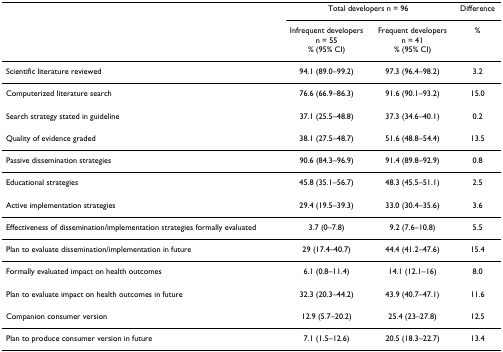
|  | <COLSPAN=2> Total developers n = 96 | Difference |
 |  | Infrequent developersn = 55% (95% CI) | Frequent developersn = 41% (95% CI) | % |
 | --- | --- | --- | --- |
 | Scientific literature reviewed | 94.1 (89.0–99.2) | 97.3 (96.4–98.2) | 3.2 |
 | Computerized literature search | 76.6 (66.9–86.3) | 91.6 (90.1–93.2) | 15.0 |
 | Search strategy stated in guideline | 37.1 (25.5–48.8) | 37.3 (34.6–40.1) | 0.2 |
 | Quality of evidence graded | 38.1 (27.5–48.7) | 51.6 (48.8–54.4) | 13.5 |
 | Passive dissemination strategies | 90.6 (84.3–96.9) | 91.4 (89.8–92.9) | 0.8 |
 | Educational strategies | 45.8 (35.1–56.7) | 48.3 (45.5–51.1) | 2.5 |
 | Active implementation strategies | 29.4 (19.5–39.3) | 33.0 (30.4–35.6) | 3.6 |
 | Effectiveness of dissemination/implementation strategies formally evaluated | 3.7 (0–7.8) | 9.2 (7.6–10.8) | 5.5 |
 | Plan to evaluate dissemination/implementation in future | 29 (17.4–40.7) | 44.4 (41.2–47.6) | 15.4 |
 | Formally evaluated impact on health outcomes | 6.1 (0.8–11.4) | 14.1 (12.1–16) | 8.0 |
 | Plan to evaluate impact on health outcomes in future | 32.3 (20.3–44.2) | 43.9 (40.7–47.1) | 11.6 |
 | Companion consumer version | 12.9 (5.7–20.2) | 25.4 (23–27.8) | 12.5 |
 | Plan to produce consumer version in future | 7.1 (1.5–12.6) | 20.5 (18.3–22.7) | 13.4 |